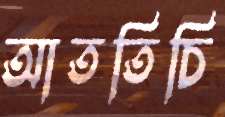
আততিচি